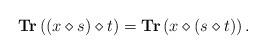
LaTeX: \begin{align*}\textbf{Tr}\left((x\diamond s)\diamond t \right)=\textbf{Tr}\left(x\diamond (s\diamond t) \right).\end{align*}